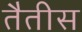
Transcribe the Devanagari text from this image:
तैतीस